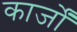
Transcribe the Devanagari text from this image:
कार्जों